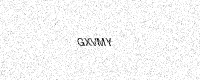
Text: GXVMY